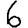
Digit: 6